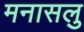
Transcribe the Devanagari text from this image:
मनासलु